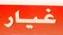
غيار